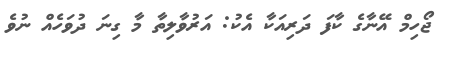
ޖޯހިމް އޭނާގެ ކާފަ ދަރިއަކާ އެކު: އަރުވާލިތާ މާ ގިނަ ދުވަހެއް ނުވެ